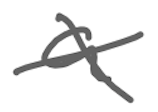
Text: a
Cross-out: cross
Writing tool: digital_gray